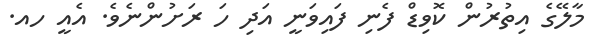
މާލޭގެ އިތުުރުން ކޮވިޑް ފެނި ފައިވަނީ އަދި ހަ ރަށުންނެވެ. އެއީ ހއ.